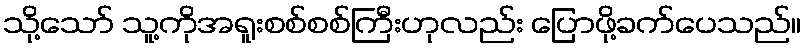
သို့သော် သူ့ကိုအရူးစစ်စစ်ကြီးဟုလည်း ပြောဖို့ခက်ပေသည်။